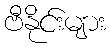
ဗီနိုင်းများ